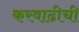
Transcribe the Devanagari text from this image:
करवाढीची